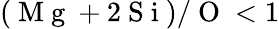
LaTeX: (\mathrm{~M~g~}+2\mathrm{~S~i~})/\mathrm{~O~}<1